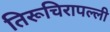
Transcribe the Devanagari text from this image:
तिरूचिरापल्‍ली